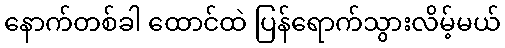
နောက်တစ်ခါ ထောင်ထဲ ပြန်ရောက်သွားလိမ့်မယ်